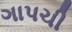
ગાપચી